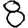
Digit: 8